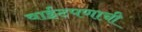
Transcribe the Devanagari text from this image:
वाईटपणाची